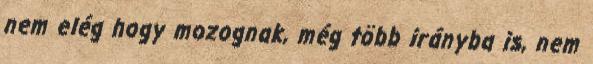
nem elég hogy mozognak, még több irányba is, nem